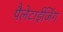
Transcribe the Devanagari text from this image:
पैलेटाईजिंग